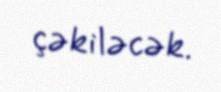
çəkiləcək.